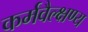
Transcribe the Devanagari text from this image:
कर्मवैल्क्षण्य